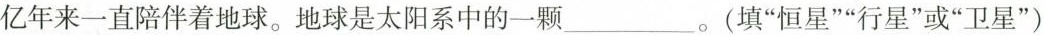
亿年来一直陪伴着地球。地球是太阳系中的-颗___。(填”恒星””行星”或”卫星”)